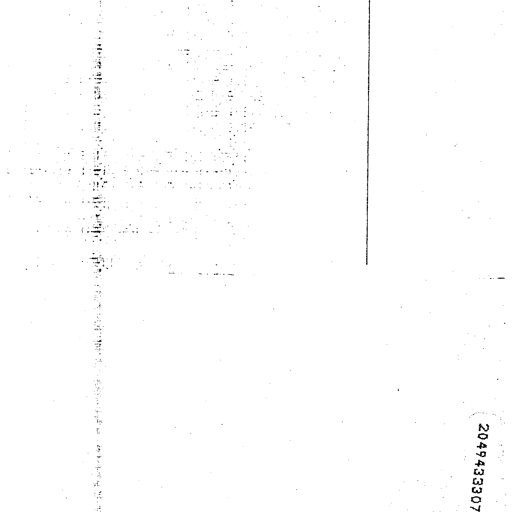
2049433307